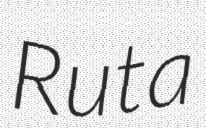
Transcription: Ruta